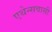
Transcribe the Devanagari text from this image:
एथेन्सवासी